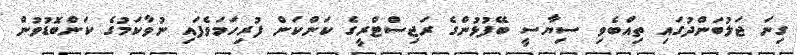
ގިނަ ޖަލުބަންދުގައި ތިއްބެވި ސިޔާސީ ބޭފުޅުންގެ ރަޖިސްޓްރީގެ ކަންކަން ފުރިހަމަވެފައި ނުވާކަމުގެ ކަންބޮޑުވުން